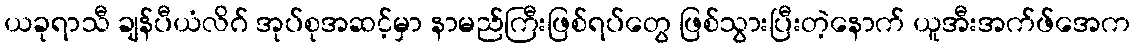
ယခုရာသီ ချန်ပီယံလိဂ် အုပ်စုအဆင့်မှာ နာမည်ကြီးဖြစ်ရပ်တွေ ဖြစ်သွားပြီးတဲ့နောက် ယူအီးအက်ဖ်အေက